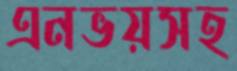
এনভয়সহ